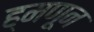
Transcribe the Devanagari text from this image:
ह्मणून